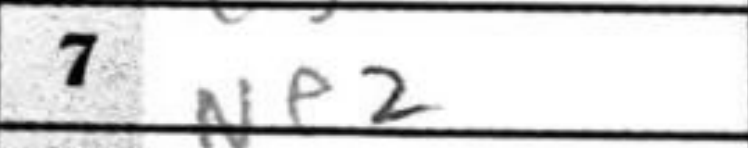
Transcription: Ne2